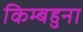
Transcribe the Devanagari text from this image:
किम्बहुना